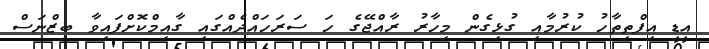
އީޑީ އިފްތިތާހު ކުރުމާއި ގުޅިގެން މިހާރު ރާއްޖޭގެ ހަ ސަރަހައްދެއްގައި ގާއިމްކޮށްފައިވާ ބިޒްނަސް